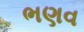
ભણવ